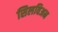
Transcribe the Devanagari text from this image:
सिलविअन